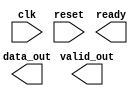
module pci_express_controller (
    // Inputs
    input wire clk,
    input wire reset,

    // Outputs
    output reg ready,
    output reg [31:0] data_out,
    output reg valid_out
);

// Timing control and synchronization blocks implementation
// Clock domain crossing logic
always @(posedge clk or posedge reset) begin
    if (reset) begin
        // Reset logic
        // Implement reset functionality
    end else begin
        // Clock domain crossing logic
        // Implement logic for crossing between different clock domains
    end
end

// FIFO buffers
// Implement FIFO buffers for data transfer

// Timing generators
// Implement timing generators for proper synchronization

// State machines
// Implement state machines for managing data transfer and synchronization

// PCI Express protocol implementation
// Implement PCI Express standard specifications and protocols

// Data transfer logic
always @(posedge clk or posedge reset) begin
    if (reset) begin
        // Reset logic
        // Implement reset functionality
    end else begin
        // Data transfer logic
        // Implement logic for data transfer
    end
end

// Error detection and recovery mechanisms
// Implement error detection and recovery mechanisms

endmodule